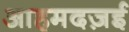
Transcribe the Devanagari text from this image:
आहमदज़ई